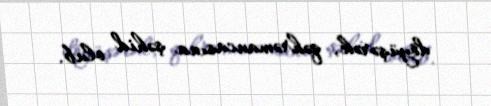
döyüşərək, qəhrəmancasına şəhid olub.